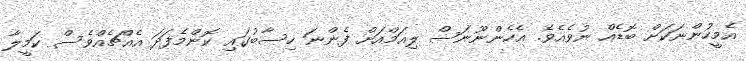
އެމީހުންނަކަށް ބޮޑެއް ނުވެއެވެ. އެހެންނޫނަސް ލިއަމްއަށް ފެންނަ ހިސާބުގައި ކޮންމެފަދަ އެއްޗެއްވެސް ކަމީލާ